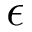
\epsilon